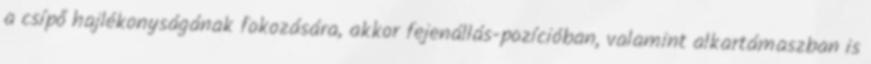
a csípő hajlékonyságának fokozására, akkor fejenállás-pozícióban, valamint alkartámaszban is